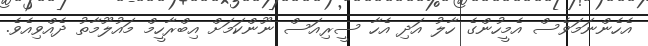
އެހެންނަމަވެސް އެމީހުންގެ ހާލު އަދި އެހާ ސީރިއަސް ނޫންކަމަަށް އިބްރާހީމް މައުލޫމާތު ދެއްވިއެވެ.